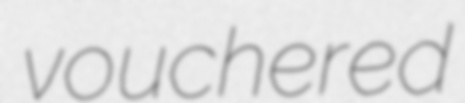
vouchered